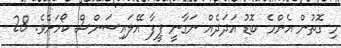
މި ގޮތުން އެންމެ ބޮޑު އަދަދެއް ނަގާނީ ފީފާ އޭލައިސަންސް ކޯހަށެވެ. 28